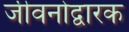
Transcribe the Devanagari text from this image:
जीवनोद्वारक